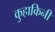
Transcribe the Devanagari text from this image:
कुहाकिनी